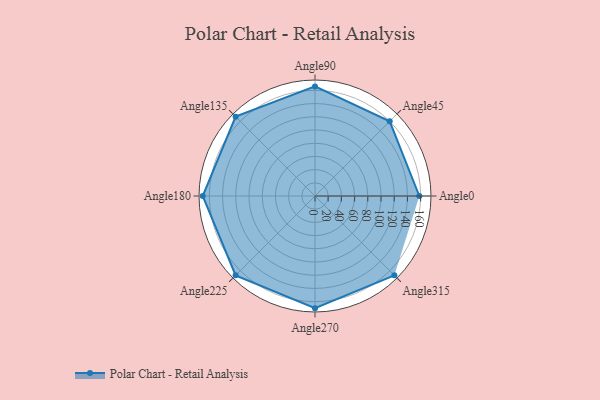
{"axis": {"x": "Angle", "y": "Radius"}, "legend": [""], "data": [{"x": "Angle0", "y": 158.0, "type": ""}, {"x": "Angle45", "y": 160.0, "type": ""}, {"x": "Angle90", "y": 166.0, "type": ""}, {"x": "Angle135", "y": 170, "type": ""}, {"x": "Angle180", "y": 170, "type": ""}, {"x": "Angle225", "y": 170, "type": ""}, {"x": "Angle270", "y": 170, "type": ""}, {"x": "Angle315", "y": 170.0, "type": ""}]}